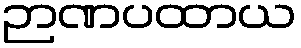
ဉာဏပထာယ